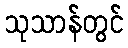
သုသာန်တွင်